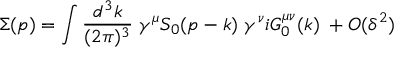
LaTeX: \Sigma ( p ) = \int { \frac { d ^ { 3 } k } { ( 2 \pi ) ^ { 3 } } } \; \gamma ^ { \mu } S _ { 0 } ( p - k ) \; \gamma ^ { \nu } i G _ { 0 } ^ { \mu \nu } ( k ) \; + O ( \delta ^ { 2 } )